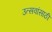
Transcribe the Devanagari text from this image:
उत्सवांसाठी